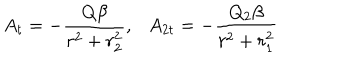
A _ { t } = - \frac { Q \beta } { r ^ { 2 } + r _ { 2 } ^ { 2 } } , A _ { 2 t } = - \frac { Q _ { 2 } \beta } { r ^ { 2 } + r _ { 1 } ^ { 2 } }